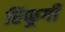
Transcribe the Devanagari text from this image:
रिफूगी